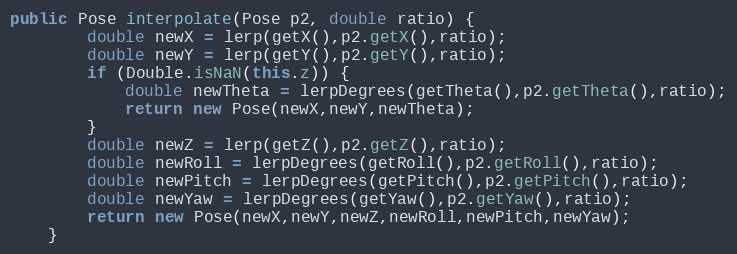
Language: Java
public Pose interpolate(Pose p2, double ratio) {
		double newX = lerp(getX(),p2.getX(),ratio);
		double newY = lerp(getY(),p2.getY(),ratio);
		if (Double.isNaN(this.z)) {
			double newTheta = lerpDegrees(getTheta(),p2.getTheta(),ratio);
			return new Pose(newX,newY,newTheta);
		}
		double newZ = lerp(getZ(),p2.getZ(),ratio);
		double newRoll = lerpDegrees(getRoll(),p2.getRoll(),ratio);
		double newPitch = lerpDegrees(getPitch(),p2.getPitch(),ratio);
		double newYaw = lerpDegrees(getYaw(),p2.getYaw(),ratio);
		return new Pose(newX,newY,newZ,newRoll,newPitch,newYaw);
	}